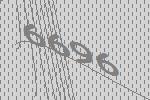
6696